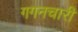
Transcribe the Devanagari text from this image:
गगनचारी